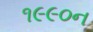
૧૯૯૦ન